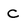
Character: C